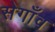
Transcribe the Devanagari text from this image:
सेगाँव